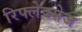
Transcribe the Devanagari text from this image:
रिफ्लेक्सेज